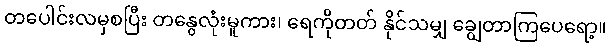
တပေါင်းလမှစပြီး တနွေလုံးမူကား၊ ရေကိုတတ် နိုင်သမျှ ချွေတာကြပေရော့။